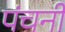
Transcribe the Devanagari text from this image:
पंचनी